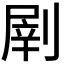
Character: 𠞂